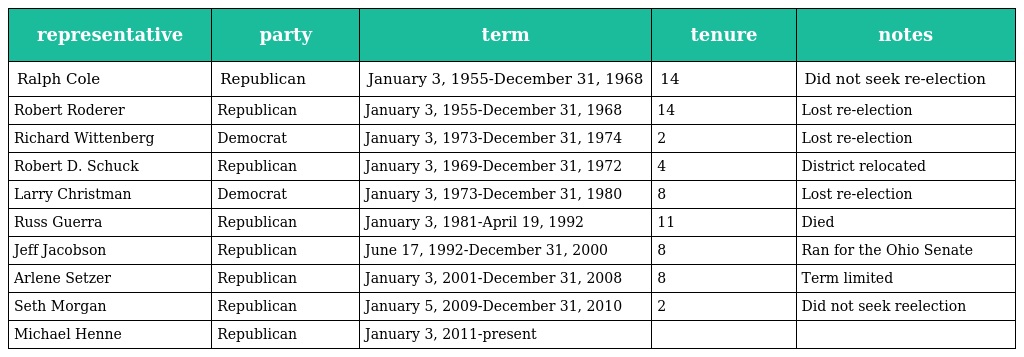
| representative | party | term | tenure | notes |
 | --- | --- | --- | --- | --- |
 | Ralph Cole | Republican | January 3, 1955-December 31, 1968 | 14 | Did not seek re-election |
 | Robert Roderer | Republican | January 3, 1955-December 31, 1968 | 14 | Lost re-election |
 | Richard Wittenberg | Democrat | January 3, 1973-December 31, 1974 | 2 | Lost re-election |
 | Robert D. Schuck | Republican | January 3, 1969-December 31, 1972 | 4 | District relocated |
 | Larry Christman | Democrat | January 3, 1973-December 31, 1980 | 8 | Lost re-election |
 | Russ Guerra | Republican | January 3, 1981-April 19, 1992 | 11 | Died |
 | Jeff Jacobson | Republican | June 17, 1992-December 31, 2000 | 8 | Ran for the Ohio Senate |
 | Arlene Setzer | Republican | January 3, 2001-December 31, 2008 | 8 | Term limited |
 | Seth Morgan | Republican | January 5, 2009-December 31, 2010 | 2 | Did not seek reelection |
 | Michael Henne | Republican | January 3, 2011-present |  |  |